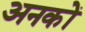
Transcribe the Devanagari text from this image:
अनकों